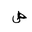
Letter: _sad